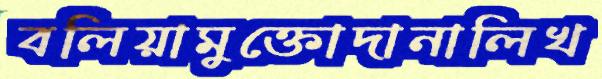
বলিয়ামুক্তোদানালিখ